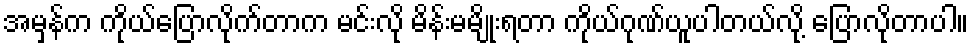
အမှန်က ကိုယ်ပြောလိုက်တာက မင်းလို မိန်းမမျိုးရတာ ကိုယ်ဂုဏ်ယူပါတယ်လို့ ပြောလိုတာပါ။